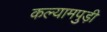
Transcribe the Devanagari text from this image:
कल्यामपुड़ी